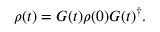
\rho ( t ) = G ( t ) \rho ( 0 ) G ( t ) ^ { \dagger } .